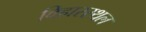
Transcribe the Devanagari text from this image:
विहारस्थल